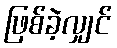
ဖြစ်ခဲ့လျှင်